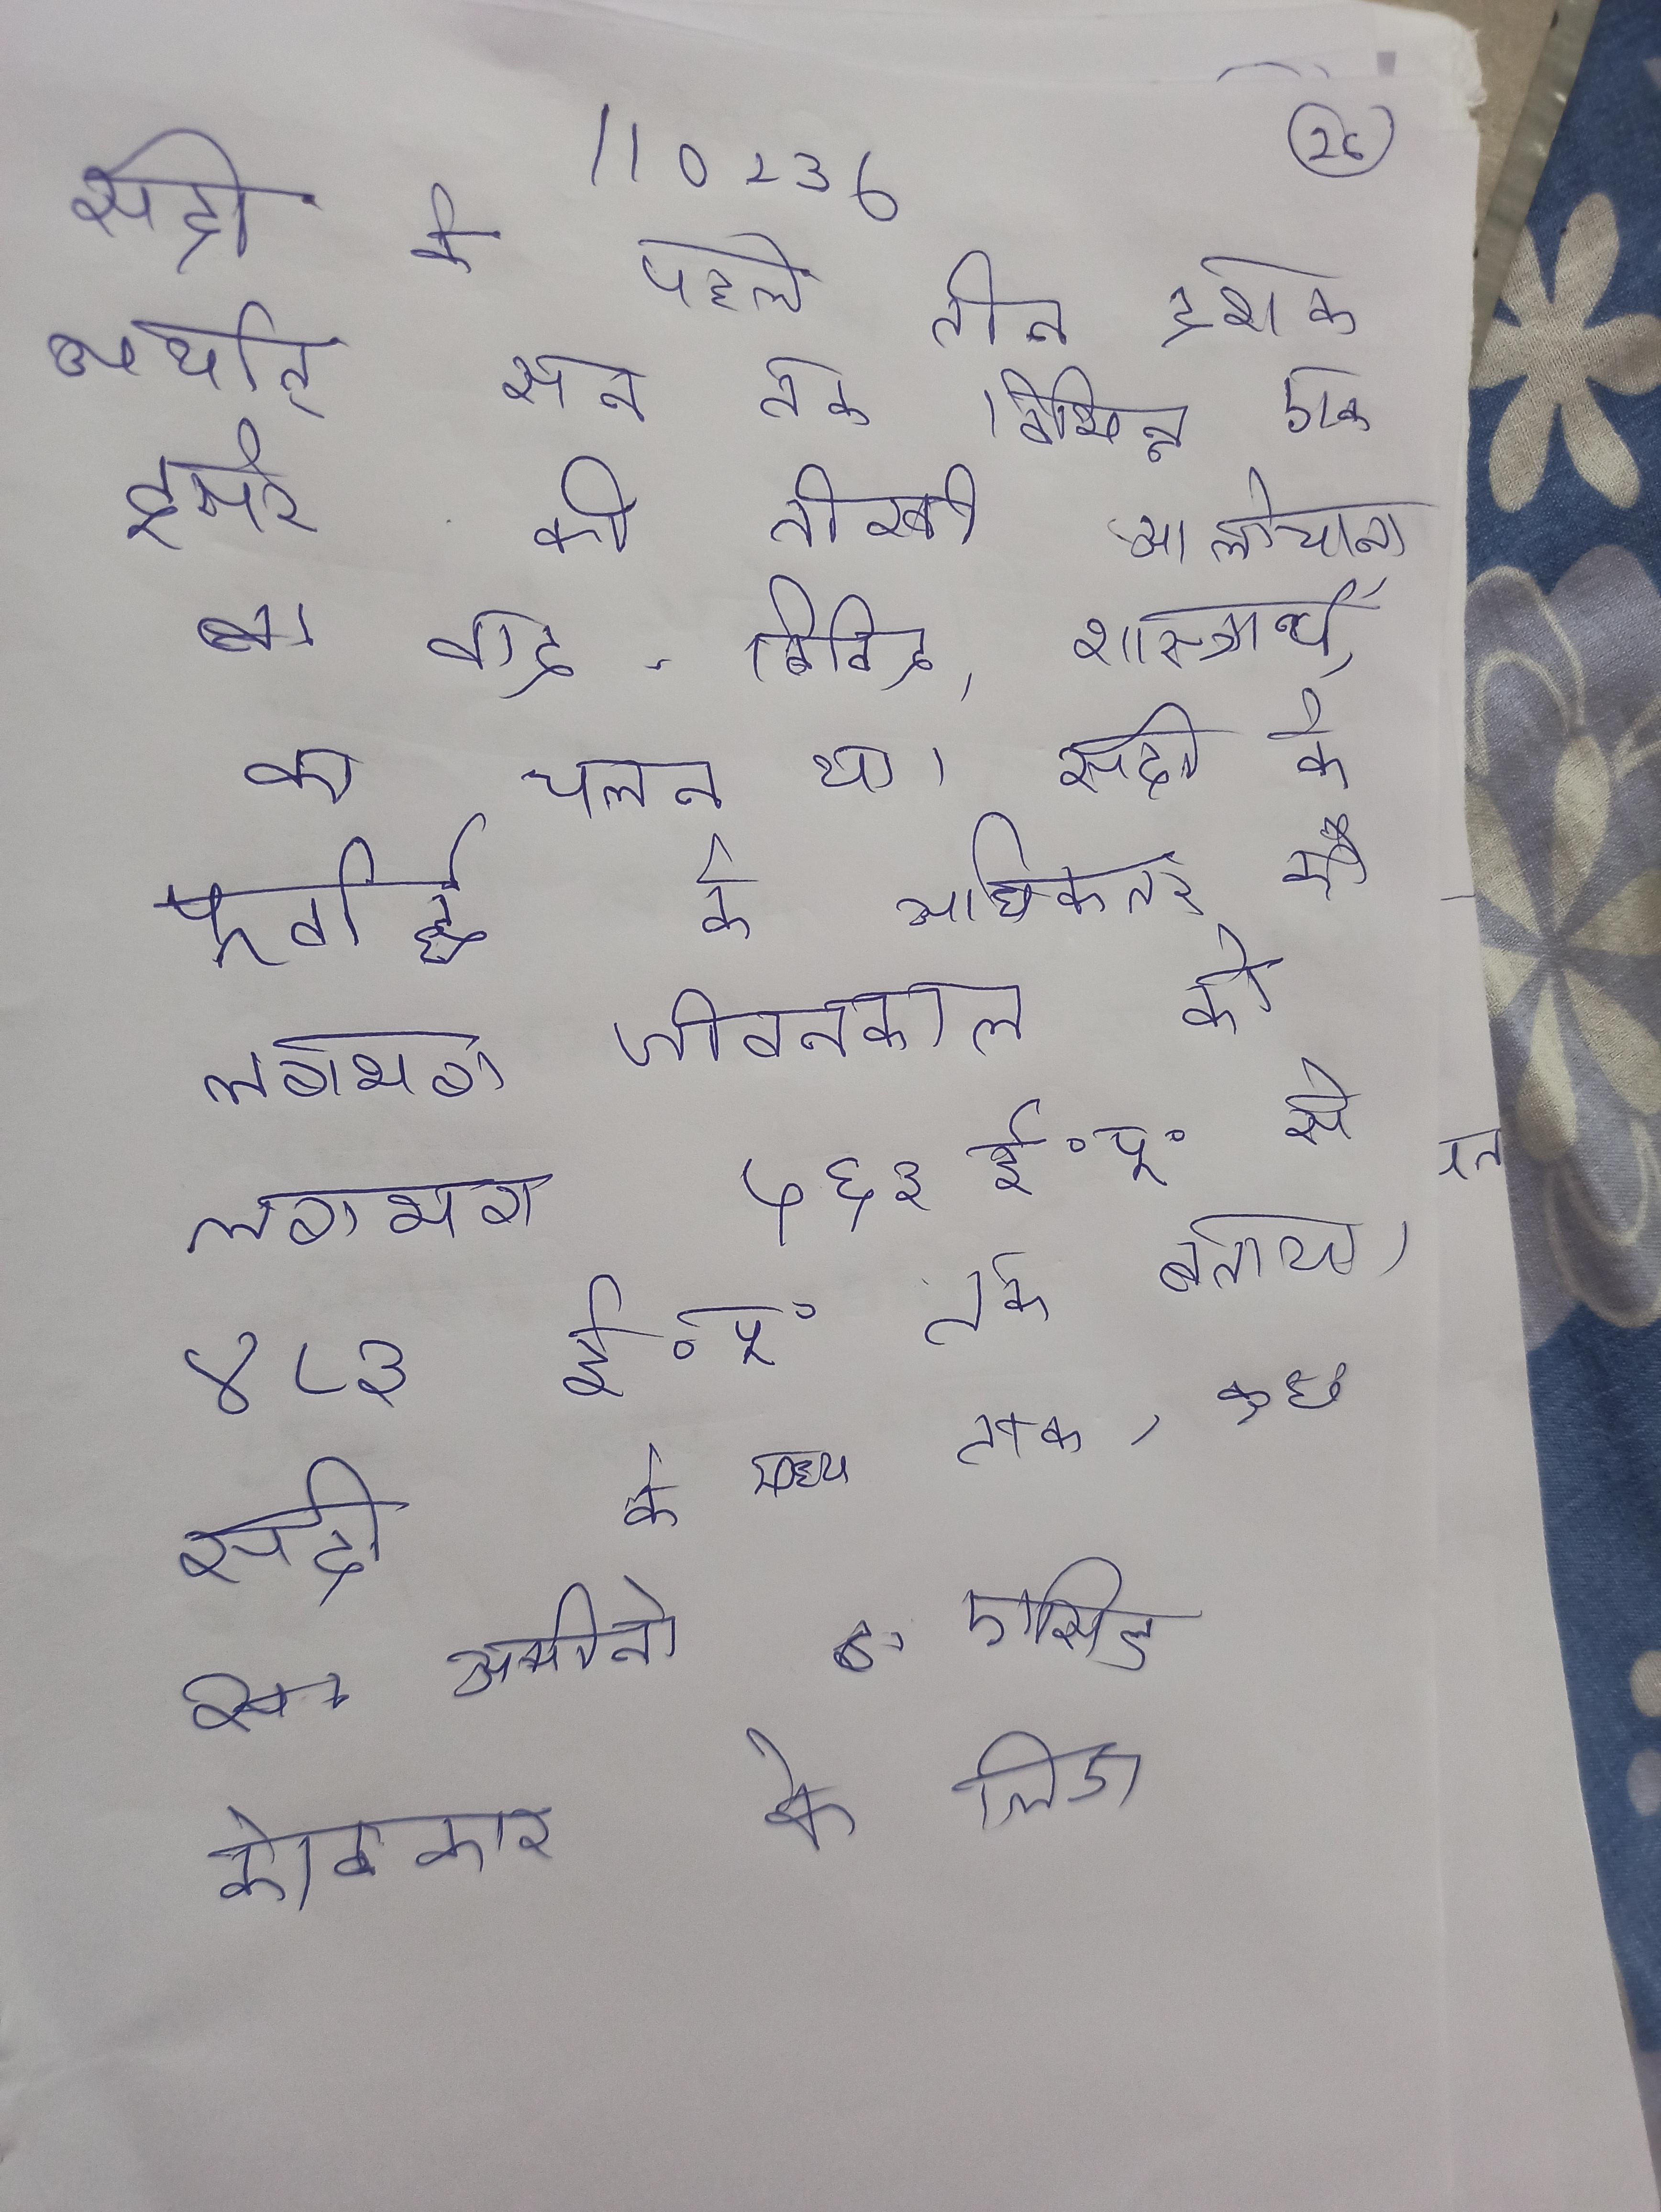
सदी के पहले तीन दशक अर्थात् सन तक विभिन्न एक दूसरे की तीखी आलोचना, वाद-विवाद, शास्त्रार्थ, का चलन था । सदी के पूर्वार्द्ध के अधिकतर ने उनके जीवनकाल को लगभग ५६३ ई॰पू॰ से ४८३ ई॰पू॰ तक बताया । सदी के मध्य तक, कुछ अमीनो एसिड केविकार के लिए, मुख्य इलाज आहार प्रोटीन का था - बाकी इलाज सिर्फ के थे पिछले दो प्रतिस्थापन, जीन और प्रत्यारोपण उपलब्ध हुए है ।